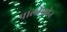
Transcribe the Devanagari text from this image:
पार्लोफ़ोन